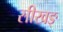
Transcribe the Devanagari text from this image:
सीखङ्